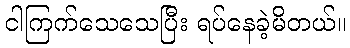
ငါကြက်သေသေပြီး ရပ်နေခဲ့မိတယ်။